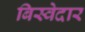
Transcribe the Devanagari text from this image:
बिस्‍वेदार